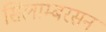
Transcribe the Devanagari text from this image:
सिलाम्बरसन